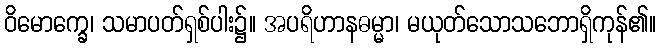
ဝိမောက္ခေ၊ သမာပတ်ရှစ်ပါး၌။ အပရိဟာနဓမ္မာ၊ မယုတ်သောသဘောရှိကုန်၏။